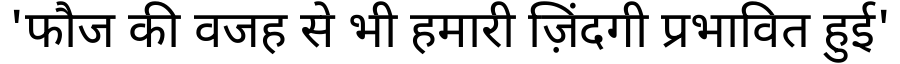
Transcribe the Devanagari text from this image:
'फौज की वजह से भी हमारी ज़िंदगी प्रभावित हुई'